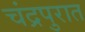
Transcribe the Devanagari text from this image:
चंद्रपुरात